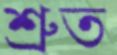
শ্রুত